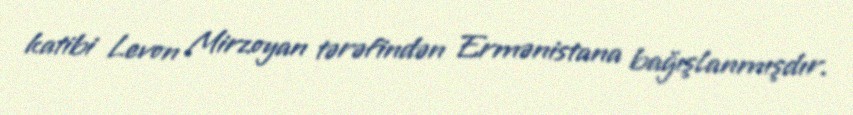
katibi Levon Mirzoyan tərəfindən Ermənistana bağışlanmışdır.